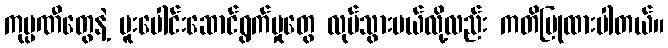
ကုမ္ပဏီတွေနဲ့ ပူးပေါင်းဆောင်ရွက်မှုတွေ လုပ်သွားမယ်လို့လည်း ကတိပြုထားပါတယ်။